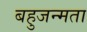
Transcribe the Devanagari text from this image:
बहुजन्मता